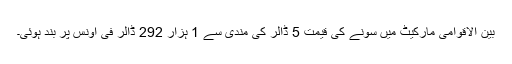
بین الاقوامی مارکیٹ میں سونے کی قیمت 5 ڈالر کی مندی سے 1 ہزار 292 ڈالر فی اونس پر بند ہوئی۔